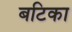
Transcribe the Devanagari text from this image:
बटिका